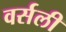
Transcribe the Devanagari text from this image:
वर्सली